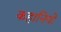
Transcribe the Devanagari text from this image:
कहानियोँ